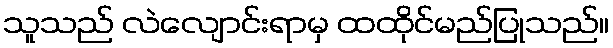
သူသည် လဲလျောင်းရာမှ ထထိုင်မည်ပြုသည်။